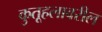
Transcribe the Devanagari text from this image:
कुतूहलावरील